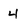
Character: 4